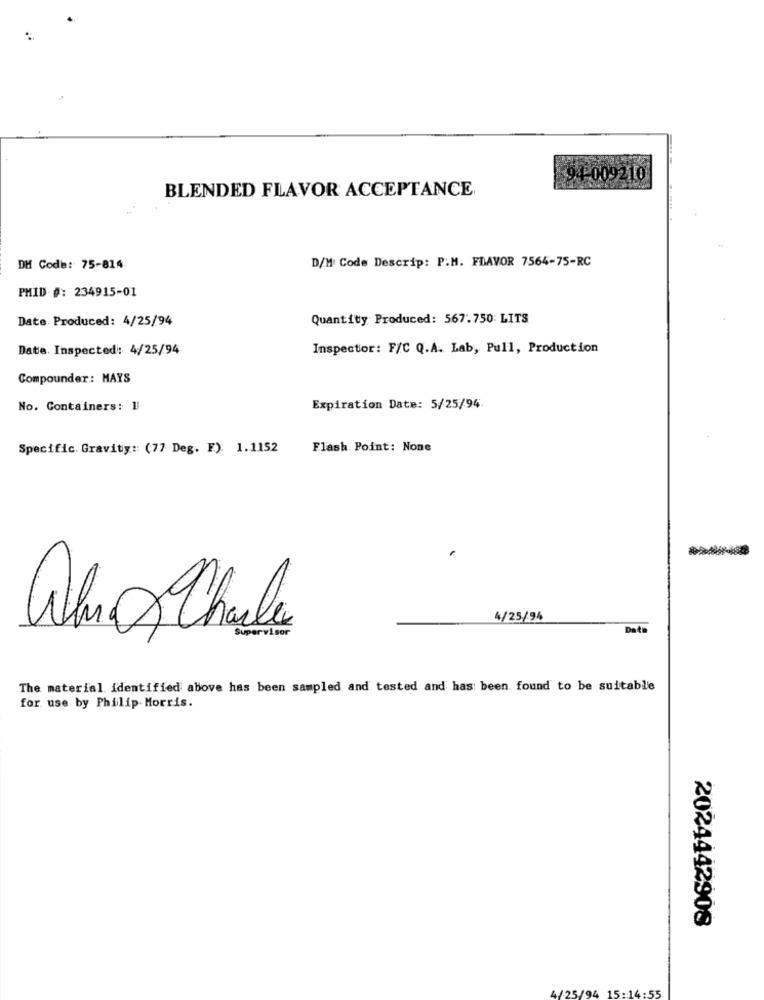
94-009210
BLENDED FLAVOR ACCEPTANCE
D/M Code Descrip: P.M. FDAVOR 7564-75-RC
DH Code: 75-814
PMID #: 234915-01
Date. Produced: 4/25/94
Quantity Produced: 567.750 LITS
Date. Inspected: 4/25/94
Inspector: F/C Q.A. Lab, Pull, Production
Compounder: HAYS
No. Containers: 1
Expiration Date: 5/25/94
Specific. Gravity :: (77 Deg. F): 1.1152
Flash Point: None
4/25/94
Who Charles
Supervisor
Dati
The material identified above has been sampled and tested and has been found to be suitable
for use by Philip Morris.
2024442908
4/25/94 15:14:55